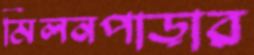
মিলনপাড়ার